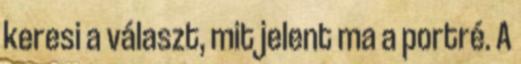
keresi a választ, mit jelent ma a portré. A